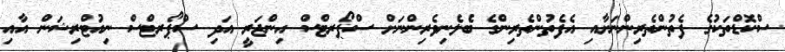
ސްކޮޑްތަކުގެ ފެތުންތެރިންނަށާއި އެފެތުންތެރިންގެ ބެލެނިވެރިންނަށް ސްޕޯރޓްސް އިންޖަރީ އަދި ސްޕޯރޓްސް ނިއުޓްރިޝަން އާއި